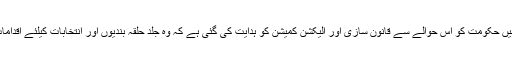
فیصلے میں حکومت کو اس حوالے سے قانون سازی اور الیکشن کمیشن کو ہدایت کی گئی ہے کہ وہ جلد حلقہ بندیوں اور انتخابات کیلئے اقدامات کرے ۔